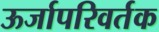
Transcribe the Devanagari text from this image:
ऊर्जापरिवर्तक